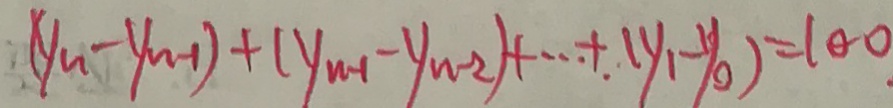
( y _ { n } - y _ { n - 1 } ) + ( y _ { n - 1 } - y _ { n - 2 } ) + \cdots + ( y _ { 1 } - y _ { 0 } ) = 1 0 0 .